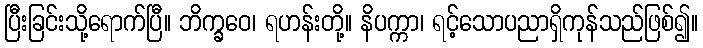
ပြီးခြင်းသို့ရောက်ပြီ။ ဘိက္ခဝေ၊ ရဟန်းတို့။ နိပက္ကာ၊ ရင့်သောပညာရှိကုန်သည်ဖြစ်၍။